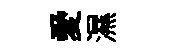
愛濕